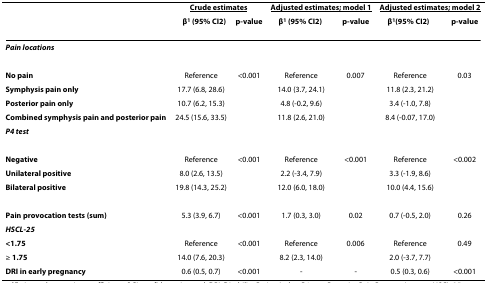
<table><thead><tr><td></td><td colspan="2"><b><underline>Crude estimates</underline></b></td><td colspan="2"><b><underline>Adjusted estimates; model 1</underline></b></td><td colspan="2"><b><underline>Adjusted estimates; model 2</underline></b></td></tr><tr><td></td><td><b>β<sup>1 </sup>(95% CI<sup>2</sup>)</b></td><td><b>p-value</b></td><td><b>β<sup>1 </sup>(95% CI<sup>2</sup>)</b></td><td><b>p-value</b></td><td><b>β<sup>1 </sup>(95% CI<sup>2</sup>)</b></td><td><b>p-value</b></td></tr></thead><tbody><tr><td><b><i>Pain locations</i></b></td><td></td><td></td><td></td><td></td><td></td><td></td></tr><tr><td><b>No pain</b></td><td>Reference</td><td>&lt;0.001</td><td>Reference</td><td>0.007</td><td>Reference</td><td>0.03</td></tr><tr><td><b>Symphysis pain only</b></td><td>17.7 (6.8, 28.6)</td><td></td><td>14.0 (3.7, 24.1)</td><td></td><td>11.8 (2.3, 21.2)</td><td></td></tr><tr><td><b>Posterior pain only</b></td><td>10.7 (6.2, 15.3)</td><td></td><td>4.8 (-0.2, 9.6)</td><td></td><td>3.4 (-1.0, 7.8)</td><td></td></tr><tr><td><b>Combined symphysis pain and posterior pain</b></td><td>24.5 (15.6, 33.5)</td><td></td><td>11.8 (2.6, 21.0)</td><td></td><td>8.4 (-0.07, 17.0)</td><td></td></tr><tr><td><b><i>P4 test</i></b></td><td></td><td></td><td></td><td></td><td></td><td></td></tr><tr><td><b>Negative</b></td><td>Reference</td><td>&lt;0.001</td><td>Reference</td><td>&lt;0.001</td><td>Reference</td><td>&lt;0.002</td></tr><tr><td><b>Unilateral positive</b></td><td>8.0 (2.6, 13.5)</td><td></td><td>2.2 (-3.4, 7.9)</td><td></td><td>3.3 (-1.9, 8.6)</td><td></td></tr><tr><td><b>Bilateral positive</b></td><td>19.8 (14.3, 25.2)</td><td></td><td>12.0 (6.0, 18.0)</td><td></td><td>10.0 (4.4, 15.6)</td><td></td></tr><tr><td><b>Pain provocation tests (sum)</b></td><td>5.3 (3.9, 6.7)</td><td>&lt;0.001</td><td>1.7 (0.3, 3.0)</td><td>0.02</td><td>0.7 (-0.5, 2.0)</td><td>0.26</td></tr><tr><td><b><i>HSCL-25</i></b></td><td></td><td></td><td></td><td></td><td></td><td></td></tr><tr><td><b>&lt;1.75</b></td><td>Reference</td><td>&lt;0.001</td><td>Reference</td><td>0.006</td><td>Reference</td><td>0.49</td></tr><tr><td>≥ <b>1.75</b></td><td>14.0 (7.6, 20.3)</td><td></td><td>8.2 (2.3, 14.0)</td><td></td><td>2.0 (-3.7, 7.7)</td><td></td></tr><tr><td><b>DRI in early pregnancy</b></td><td>0.6 (0.5, 0.7)</td><td>&lt;0.001</td><td>-</td><td>-</td><td>0.5 (0.3, 0.6)</td><td>&lt;0.001</td></tr></tbody></table>